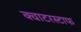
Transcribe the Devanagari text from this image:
क्वाटरस्टाफ